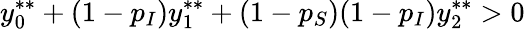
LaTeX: y_{0}^{**}+(1-p_{I})y_{1}^{**}+(1-p_{S})(1-p_{I})y_{2}^{**}>0